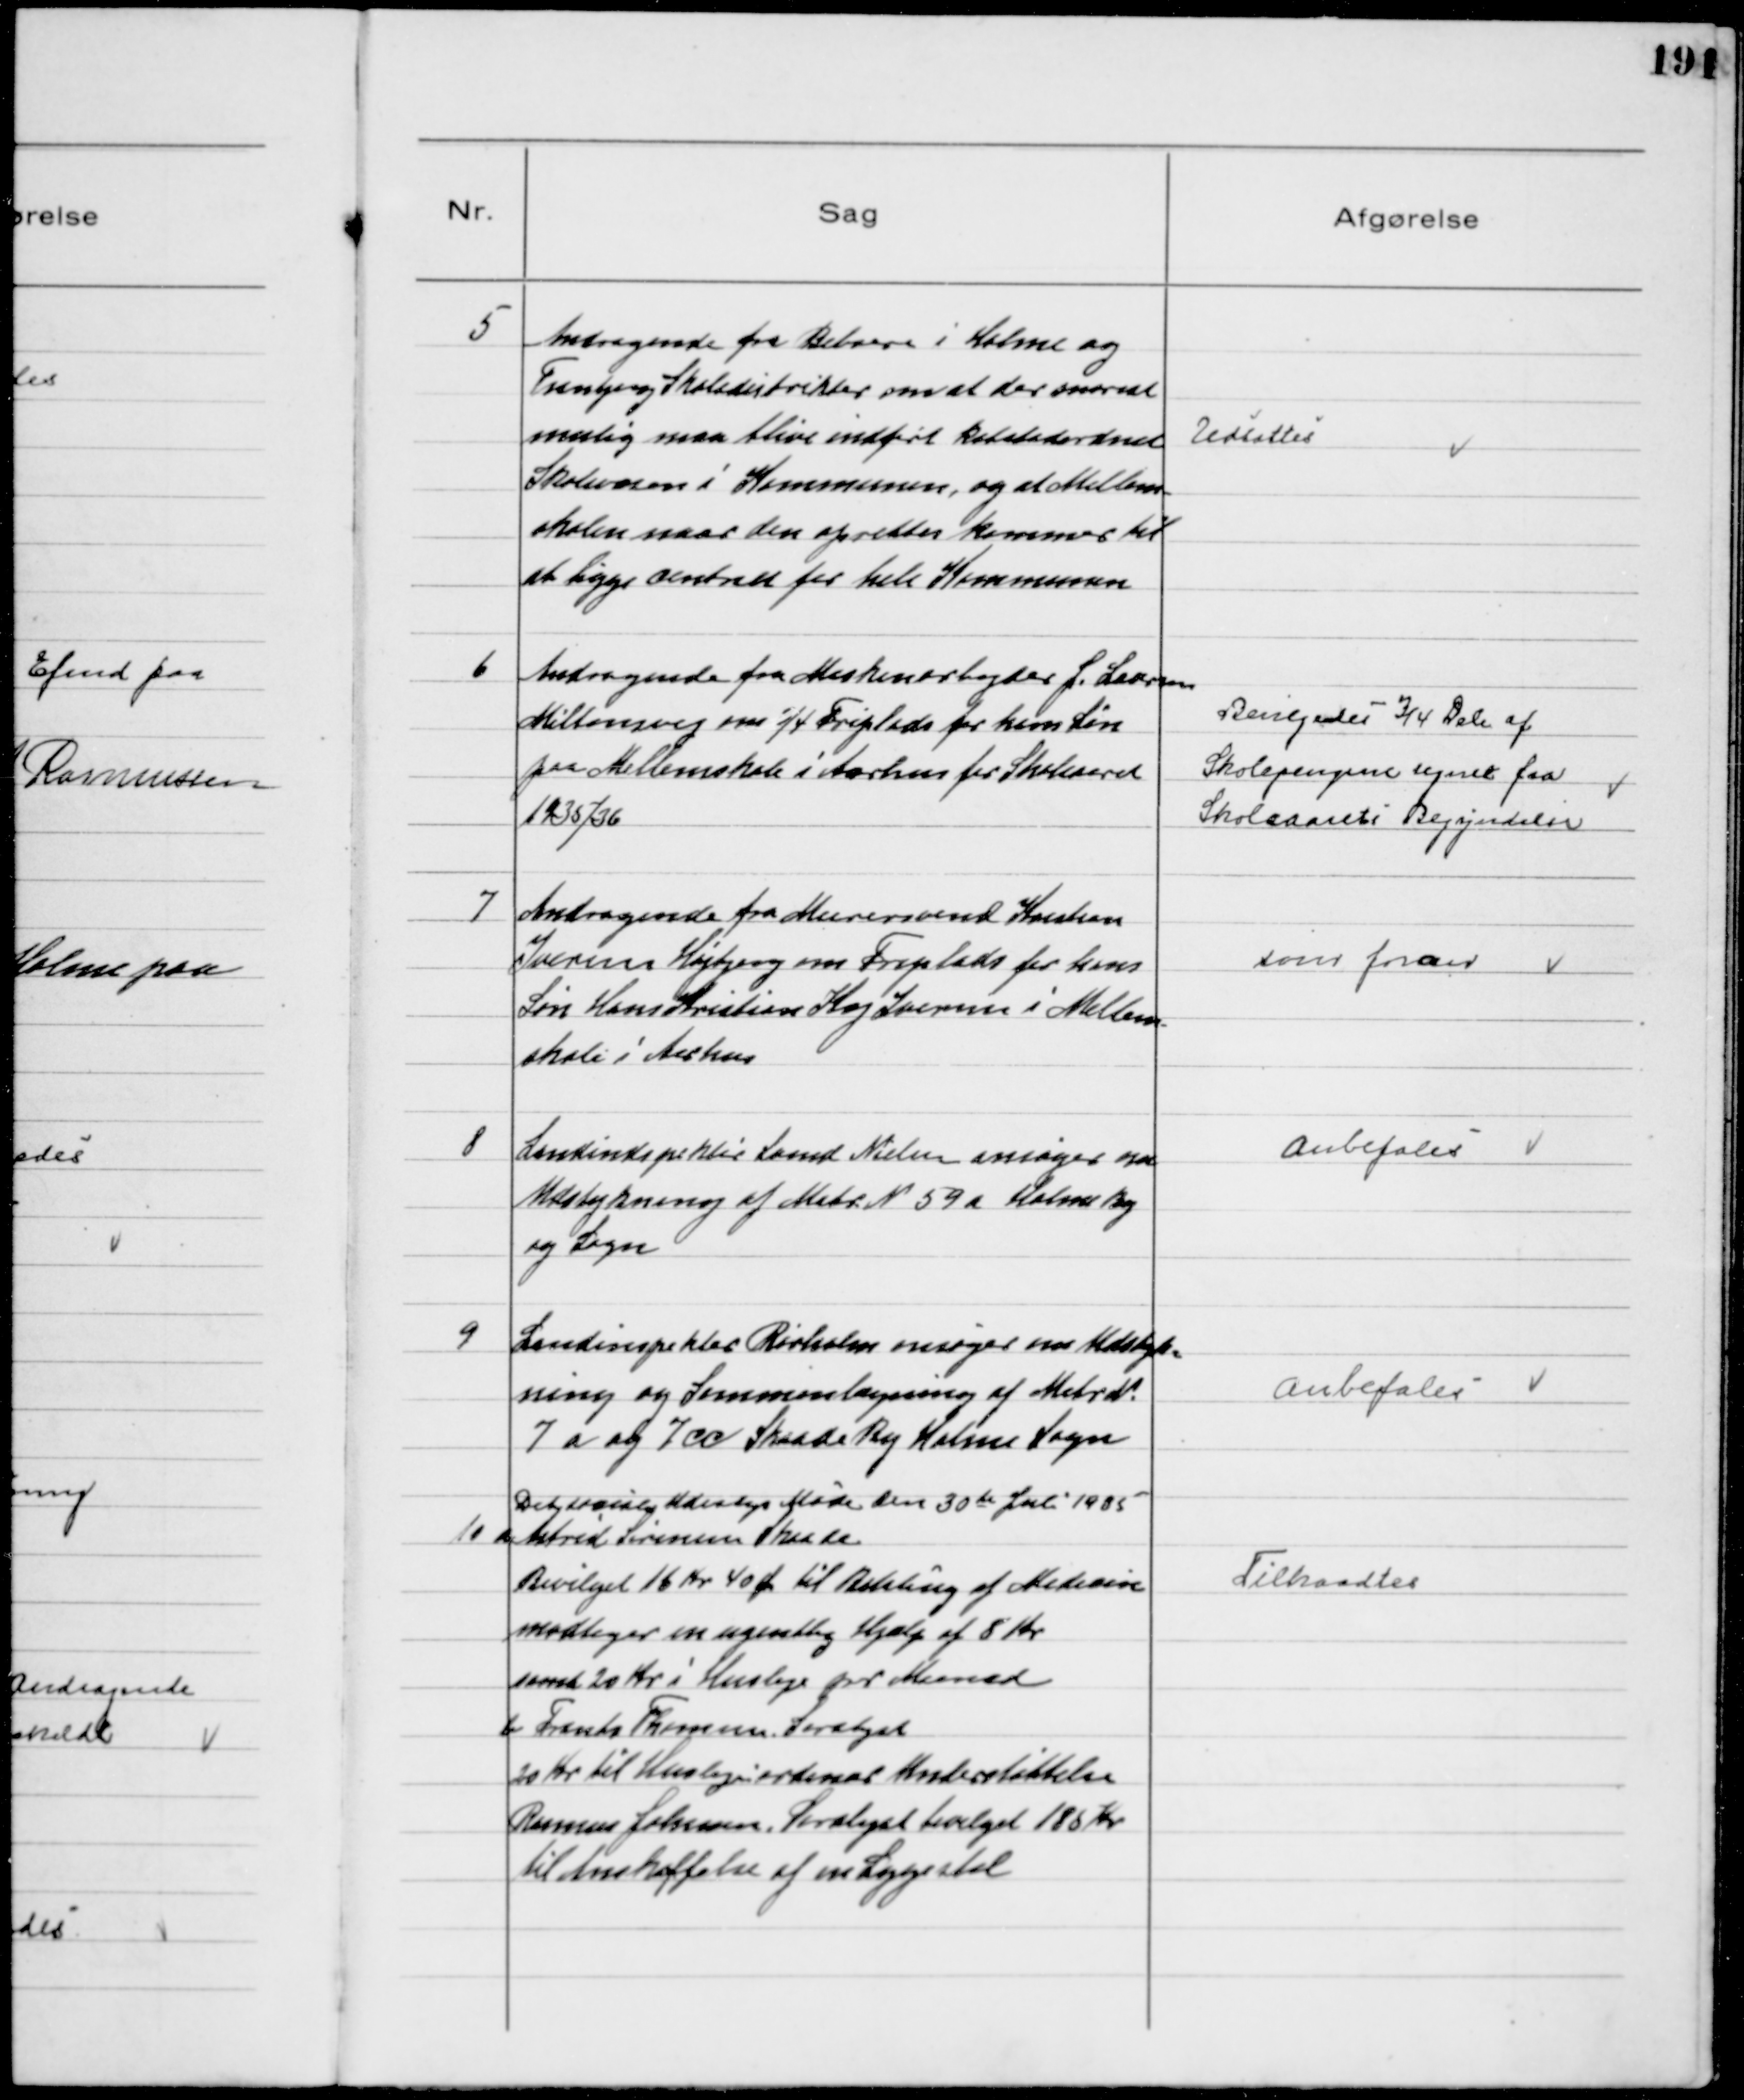
Transskription:
5
Andragende fra Beboere i Holme og
Tranbjerg Skoledistrikter om at der snarest
mulig maa blive indført købstadordnet
Skolevæsen i Kommunen, og at Mellem-
skolen naar den oprettes kommer til
at ligge centralt for hele Kommunen

Udsattes

6
Andragende fra Maskinarbejder J. Larsen
Miltonsvej om ¾ Friplads for hans Søn
paa Mellemskole i Aarhus for Skoleaaret
1935/36

Bevilgedes ¾ Dele af
Skolepengene regnet fra
Skoleaarets begyndelse

7
Andragende fra Murersvend Kristian
Iversen Højbjerg om Friplads for hans
Søn Hans Kristian Kaj Iversen i Mellem-
skole i Aarhus

som foran

8
Landindspektør Svend Nielsen ansøger om
Udstykning af Matr № 59 a Holme By
og Sogn

Anbefales

9
Landinspektør Rørholm ansøger om Udstyk=
ning og Sammenlægning af Matr №
7 a og 7 cc Skaade By Holme Sogn

Anbefales

10
Det sociale Udvalgs Møde den 30te Juli 1935
a Astrid Sørensen Skaade
Bevilget 16 Kr 40 Øre til Betaling af Medicin
modtager en ugentlig hjælp af 8 Kr
samt 20 Kr i Husleje pr Maaned
b Frantz Thomsen Saralyst
20 Kr til Husleje ordinær Understøttelse
Rasmus Johansen, Saralyst bevilget 185 Kr
til Anskaffelse af en Sygestol

Tiltraadtes